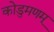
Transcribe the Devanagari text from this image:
कोडुमणम्